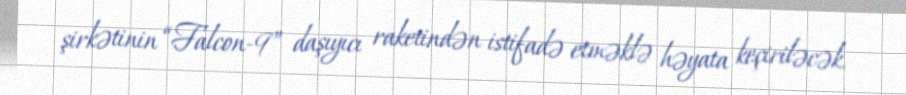
şirkətinin “Falcon-9” daşıyıcı raketindən istifadə etməklə həyata keçiriləcək.